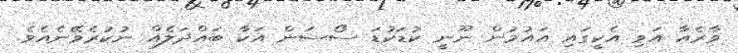
ވާރެއާ އަވި އެކީގައި އައުމުން ނޫނީ ކުޑަކުޑަ ސޯސަން އަކާ ބައްދަލެއް ނުކުރެވޭނެއެވެ.